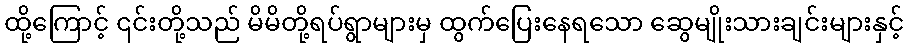
ထို့ကြောင့် ၎င်းတို့သည် မိမိတို့ရပ်ရွာများမှ ထွက်ပြေးနေရသော ဆွေမျိုးသားချင်းများနှင့်